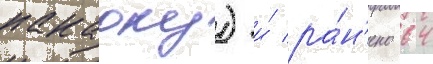
накаоку) и́ ра́н'ено 64